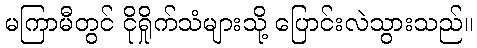
မကြာမီတွင် ငိုရှိုက်သံများသို့ ပြောင်းလဲသွားသည်။